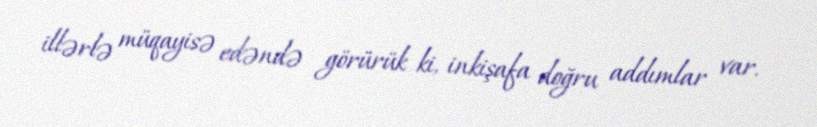
illərlə müqayisə edəndə görürük ki, inkişafa doğru addımlar var.